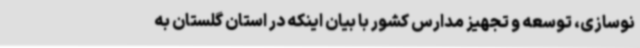
نوسازی، توسعه و تجهیز مدارس کشور با بیان اینکه در استان گلستان به